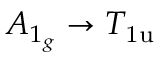
A _ { 1 _ { g } } \rightarrow T _ { \mathrm { 1 u } }